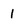
Character: 1